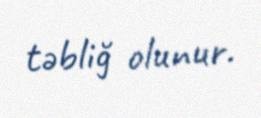
təbliğ olunur.